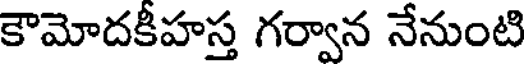
కౌమోదకీహస్త గర్వాన నేనుంటి